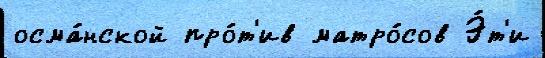
осма́нской про́т'ив матро́сов Э́т'и